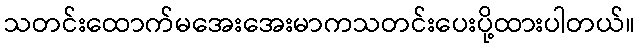
သတင်းထောက်မအေးအေးမာကသတင်းပေးပို့ထားပါတယ်။